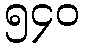
၅၄၀